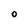
Character: O